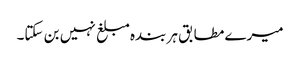
میرے مطابق ہر بندہ مبلغ نہیں بن سکتا۔